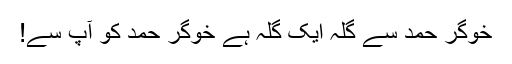
خوگر حمد سے گلہ ایک گلہ ہے خوگر حمد کو آپ سے!